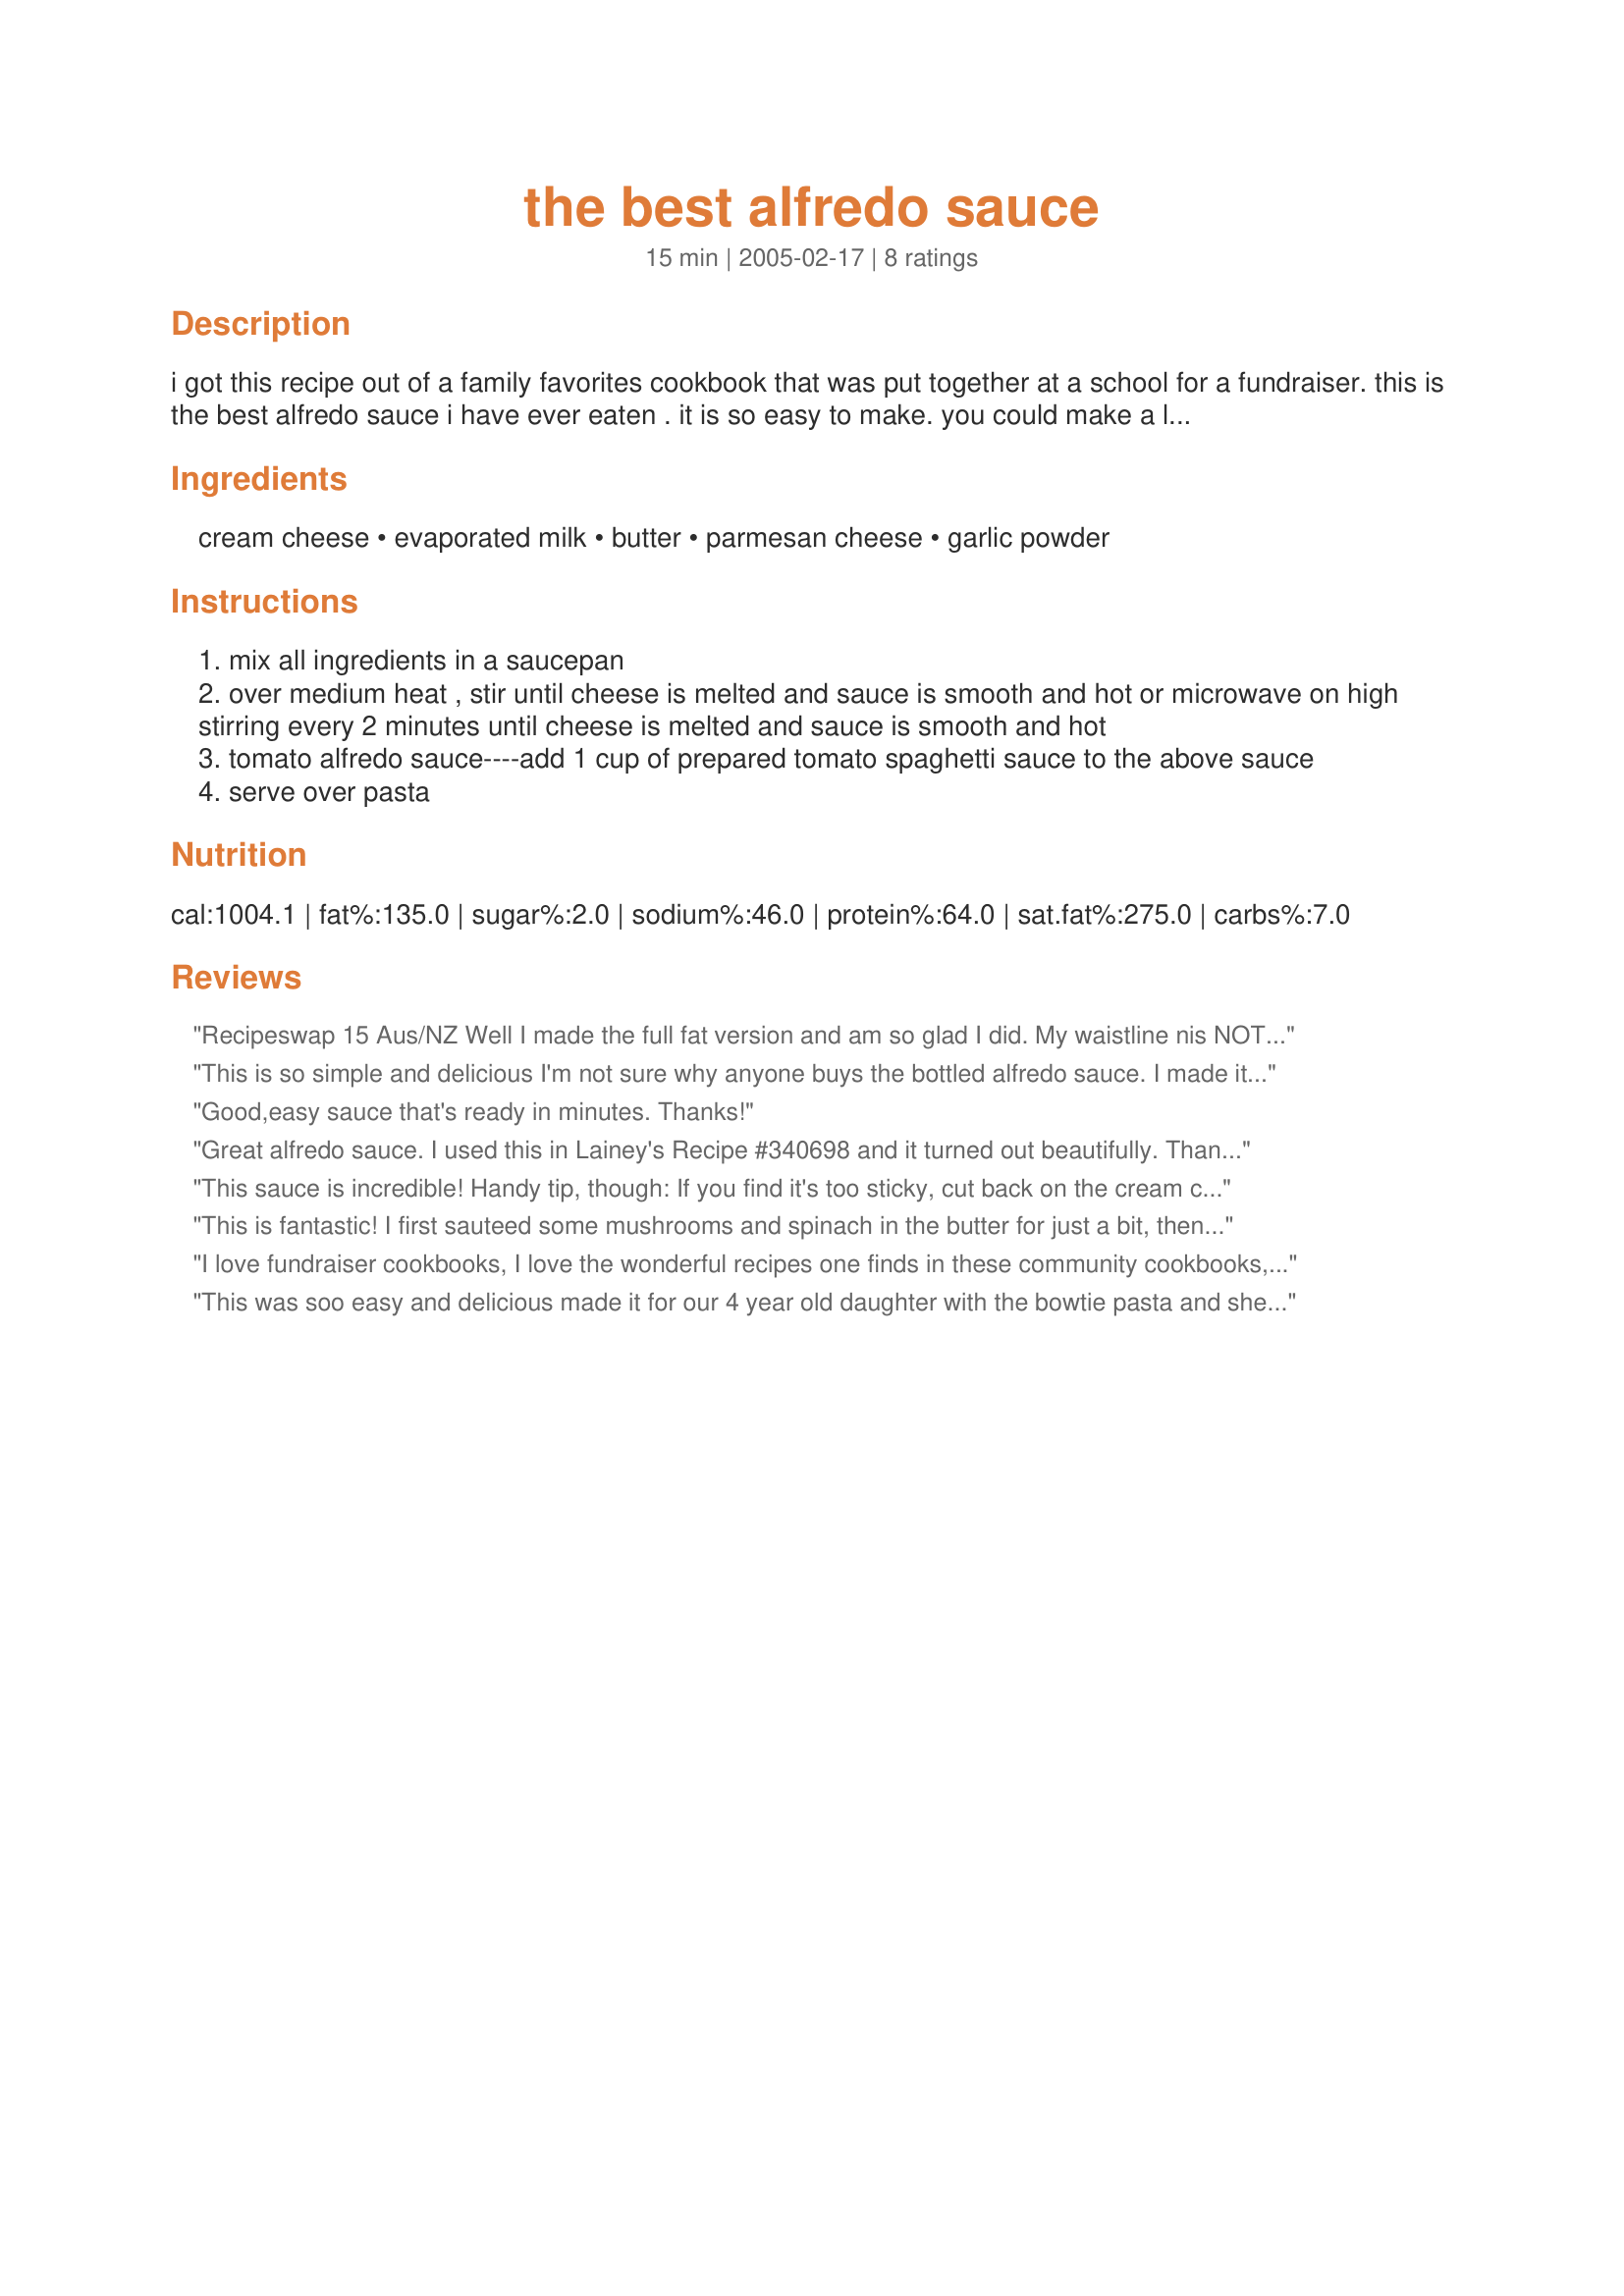
the best alfredo sauce
Preparation time: 15 minutes

i got this recipe out of a family favorites cookbook that was put together at a school for a fundraiser. this is the best alfredo sauce i have ever eaten . it is so easy to make. you could make a lighter version by useing light cream cheese. not nearly the amount of calories of regular cream

Ingredients:
cream cheese, evaporated milk, butter, parmesan cheese, garlic powder

Steps:
mix all ingredients in a saucepan
over medium heat , stir until cheese is melted and sauce is smooth and hot or microwave on high stirring every 2 minutes until cheese is melted and sauce is smooth and hot
tomato alfredo sauce----add 1 cup of prepared tomato spaghetti sauce to the above sauce
serve over pasta

Reviews:
Recipeswap 15 Aus/NZ
Well I made the full fat version and am so glad I did. My waistline nis NOT but who cares anyway when it is good food and simple to make to boot. Loved this and have wanted a simple to make recipe for alfredo as the stuff in the stores is not so great but better than nothing, or too expensive for a regular meal rotation. THIS IS WONDERFUL! I will try the lighter version next but had to spoil myself for the heck of it as I had no computer for a few days and needed to feel ZAARED.
Thank you for a very nice tasting recipe that it now in my faves.
Oh yea made this to go over wide egg noodles and served with lemon pepper chicken breasts and asparagus. Dipped some of the asparagus in the sauce as well and YUMMY.
This is so simple and delicious I'm not sure why anyone buys the bottled alfredo sauce. I made it exactly as stated. I used freshly grated parmesan cheese as well as asiago cheese. I sprinkled some on top of the fettuccine and alfredo sauce as well when serving. Very rich but good! This would be great to use with a white sauce lasagna. Made for the Aussie/New Zealand 12 Days of Christmas Recipe Swap.
Good,easy sauce that's ready in minutes.
Thanks!
Great alfredo sauce. I used this in Lainey's Recipe #340698 and it turned out beautifully. Thanks for posting!
This sauce is incredible! Handy tip, though: If you find it's too sticky, cut back on the cream cheese. Cream cheese is a binder, so the more you use, the stickier it gets.

I love it though!
This is fantastic! I first sauteed some mushrooms and spinach in the butter for just a bit, then added the garlic and the cream cheese. Since I found I didn't have any evaporated milk, I thinned the sauce with chicken broth instead. I served it over tortelllini and my family loved it! Thanks for the recipe!
I love fundraiser cookbooks, I love the wonderful recipes one finds in these community cookbooks, and your Alfredo Sauce is a real gem. Loved this great tasting sauce. Being a special weekend meal I used half and half but I am sure using milk would work equally well. This is a keeper and one I will be making again ... and again!
This was soo easy and delicious made it for our 4 year old daughter with the bowtie pasta and she came back for 2nds. I loved it so much I couldn't keep my fingers out of it while it cooked. This is a true keeper ! Thank you for posting it
